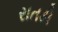
રાતડી